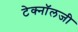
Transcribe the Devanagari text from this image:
टेक्‍नॉलजी